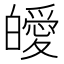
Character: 皧